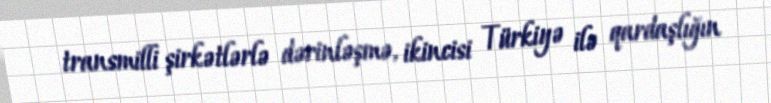
transmilli şirkətlərlə dərinləşmə, ikincisi Türkiyə ilə qardaşlığın